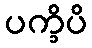
ပက္ခိပိ